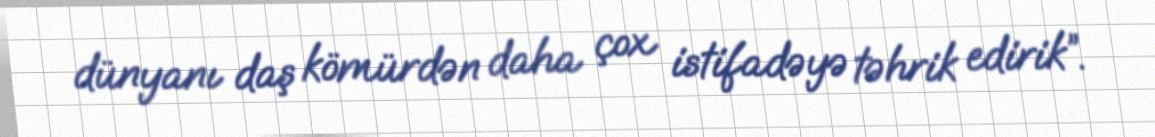
dünyanı daş kömürdən daha çox istifadəyə təhrik edirik”.